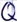
Text: Q